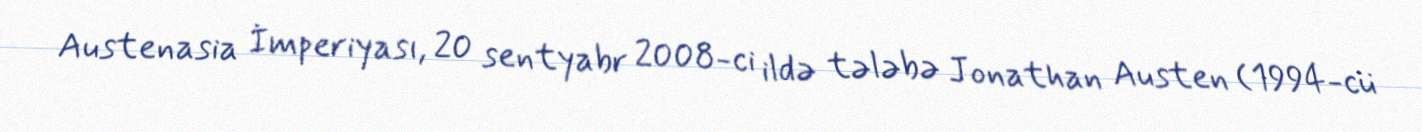
Austenasia İmperiyası, 20 sentyabr 2008-ci ildə tələbə Jonathan Austen (1994-cü